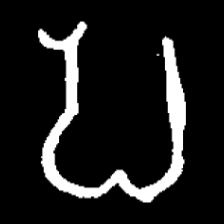
Pyu character \u2014 Myanmar letter: ပ (romanized: pa)